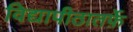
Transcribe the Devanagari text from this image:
विद्यापीठातर्फ़े